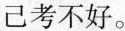
己考不好。